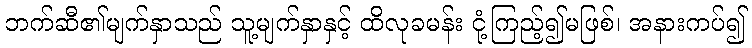
ဘက်ဆီ၏မျက်နှာသည် သူ့မျက်နှာနှင့် ထိလုခမန်း ငုံ့ကြည့်၍မဖြစ်၊ အနားကပ်၍